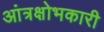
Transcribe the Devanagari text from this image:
आंत्रक्षोभकारी